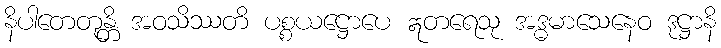
နိပါတေတုန္တိ အဝသိဿတိ ပစ္စယဋ္ဌောပေ ဣတရေသု အဒ္ဓမာသေနေဝ ဒုဋ္ဌာနိ